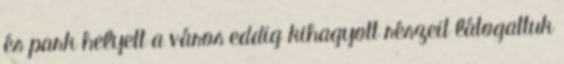
és park helyett a város eddig kihagyott részeit látogattuk